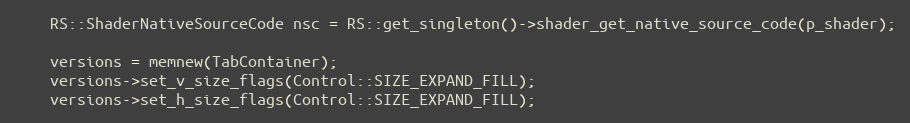
Language: C++
	RS::ShaderNativeSourceCode nsc = RS::get_singleton()->shader_get_native_source_code(p_shader);

	versions = memnew(TabContainer);
	versions->set_v_size_flags(Control::SIZE_EXPAND_FILL);
	versions->set_h_size_flags(Control::SIZE_EXPAND_FILL);